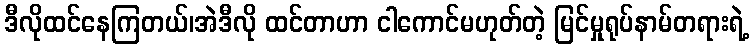
ဒီလိုထင်နေကြတယ်၊အဲဒီလို ထင်တာဟာ ငါကောင်မဟုတ်တဲ့ မြင်မှုရုပ်နာမ်တရားရဲ့